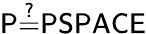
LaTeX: \mathsf{P{\overset{?}{=}}PSPACE}